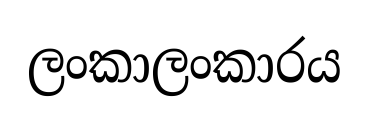
ලංකාලංකාරය